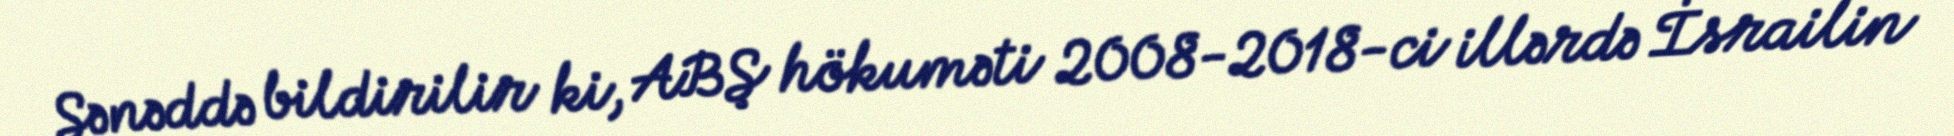
Sənəddə bildirilir ki, ABŞ hökuməti 2008-2018-ci illərdə İsrailin